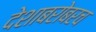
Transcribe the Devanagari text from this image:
देशाबरोबरच